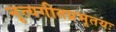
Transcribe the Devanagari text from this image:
नृत्यगीतप्रभृतयः